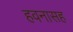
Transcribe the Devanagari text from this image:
हवनासह